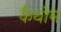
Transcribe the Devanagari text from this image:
कैथोम